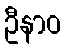
ဦနာဝ